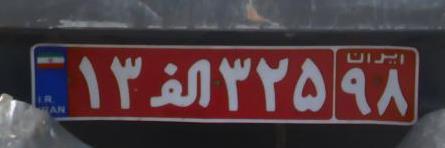
۱۳ا۳۲۵۹۸